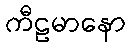
ကီဠမာနော